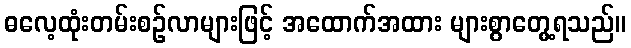
ဓလေ့ထုံးတမ်းစဉ်လာများဖြင့် အထောက်အထား များစွာတွေ့ရသည်။